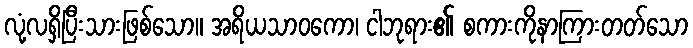
လုံ့လရှိပြီးသားဖြစ်သော။ အရိယသာဝကော၊ ငါဘုရား၏ စကားကိုနာကြားတတ်သော